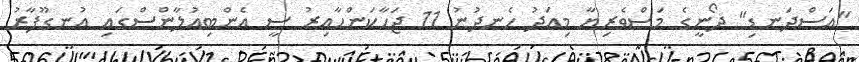
"އަސްދަނޑި" ދޯނީގެ މަސްވެރިޔާ މިއަދު ހެނދުނު 11 ޖަހާކަންހާއިރު ސީ އެންބިއުލާންސްގައި އުނގޫފާރު